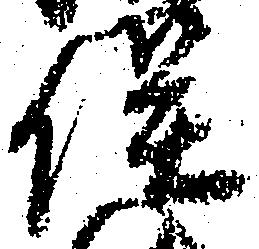
俣